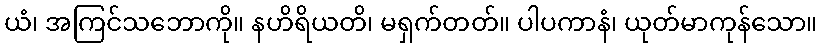
ယံ၊ အကြင်သဘောကို။ နဟိရိယတိ၊ မရှက်တတ်။ ပါပကာနံ၊ ယုတ်မာကုန်သော။